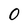
Character: 0